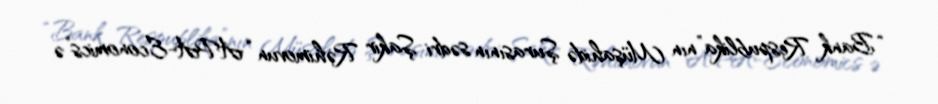
“Bank Respublika”nın Müşahidə Şurasının sədri Şakir Rəhimovun “APA-Economics”ə